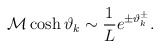
\begin{align*}{\cal M}\cosh \vartheta _{k}\sim \displaystyle\frac{1}{L}e^{\pm \vartheta _{k}^{\pm }}.\end{align*}